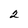
Character: 2